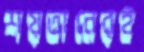
শয়তানেরই